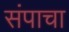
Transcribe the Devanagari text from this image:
संपाचा